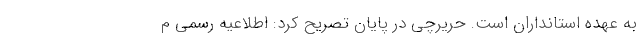
به عهده استانداران است. حریرچی در پایان تصریح کرد: اطلاعیه رسمی م